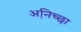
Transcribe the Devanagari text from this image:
अनि़च्छा